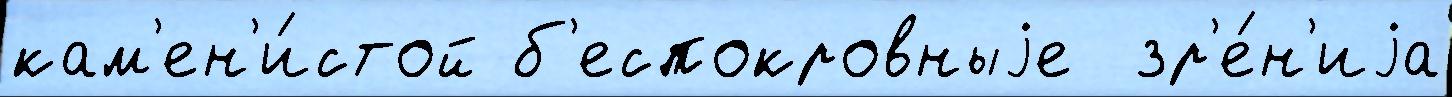
кам'ен'и́стой б'еспокровныjе  зр'е́н'иjа